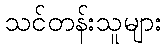
သင်တန်းသူများ